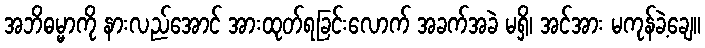
အဘိဓမ္မာကို နားလည်အောင် အားထုတ်ရခြင်းလောက် အခက်အခဲ မရှိ၊ အင်အား မကုန်ခဲ့ချေ။